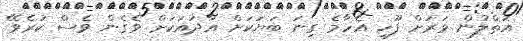
އަތްލުން ވަރަށް ފޫހި އެހާމެ ގިނަ ބަޔަކަށް އާދައަކަށް ވެގެން ވެސް ކުރެވޭ